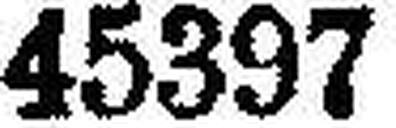
45397